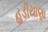
હડીયાણા